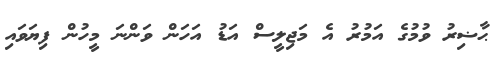
ޙާޟިރު ވުމުގެ އަމުރު އެ މަޖިލީސް އަޑު އަހަން ވަންނަ މީހުން ފިޔަވައި